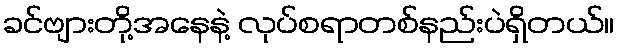
ခင်ဗျားတို့အနေနဲ့ လုပ်စရာတစ်နည်းပဲရှိတယ်။